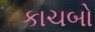
કાચબો